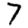
Digit: 7